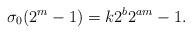
LaTeX: \begin{align*}\sigma_0 (2^m-1) = k 2^{b}2^{am}-1.\end{align*}